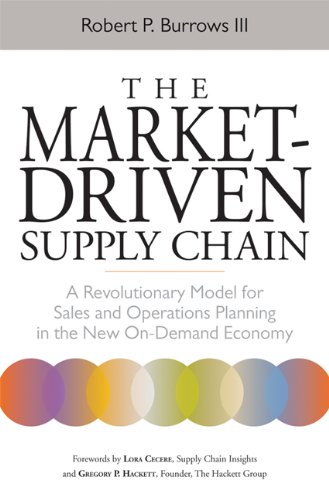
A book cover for The Market-Driven Supply Chain: A Revolutionary Model for Sales and Operations Planning in the New On-Demand Economy; Robert P. Burrows III; Business & Money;